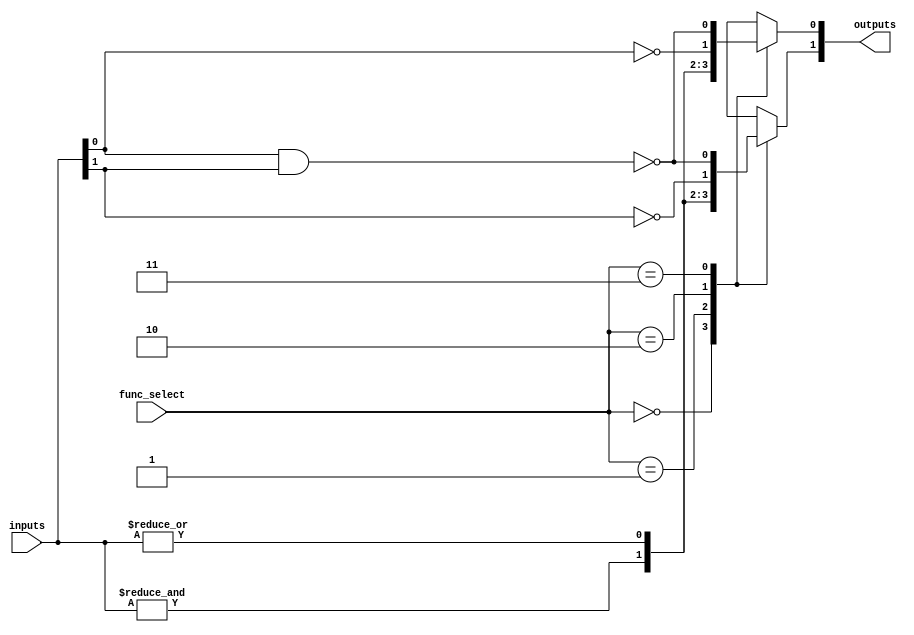
module combinational_logic_blocks #(
    parameter N = 4, // Number of input signals
    parameter M = 2   // Number of output signals
)(
    input  wire [N-1:0]  inputs,          // Input signals
    input  wire [M-1:0]  func_select,      // Function select for each output
    output reg  [M-1:0]  outputs           // Output signals
);

// Function select encoding
localparam AND_FUNC   = 2'b00;
localparam OR_FUNC    = 2'b01;
localparam NOT_FUNC   = 2'b10;
localparam NAND_FUNC  = 2'b11;

// Combinational logic generation
always @(*) begin
    case (func_select)
        AND_FUNC: begin
            outputs[0] = &inputs; // AND operation
            outputs[1] = &inputs; // For demonstration, same operation
        end
        OR_FUNC: begin
            outputs[0] = |inputs; // OR operation
            outputs[1] = |inputs; // For demonstration, same operation
        end
        NOT_FUNC: begin
            outputs[0] = ~inputs[0]; // NOT operation on first input
            outputs[1] = ~inputs[1]; // NOT operation on second input
        end
        NAND_FUNC: begin
            outputs[0] = ~(inputs[0] & inputs[1]); // NAND operation
            outputs[1] = ~(inputs[0] & inputs[1]); // For demonstration, same operation
        end
        default: begin
            outputs = {M{1'b0}}; // Default case
        end
    endcase
end

// Built-in self-test (BIST) capability (simple example)
task bist_test;
    // Implement BIST logic here
    // This is a placeholder for actual BIST implementation
endtask

endmodule